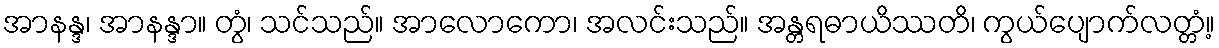
အာနန္ဒ၊ အာနန္ဒာ။ တွံ၊ သင်သည်။ အာလောကော၊ အလင်းသည်။ အန္တရဓာယိဿတိ၊ ကွယ်ပျောက်လတ္တံ့။